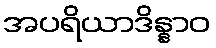
အပရိယာဒိန္နာဝ